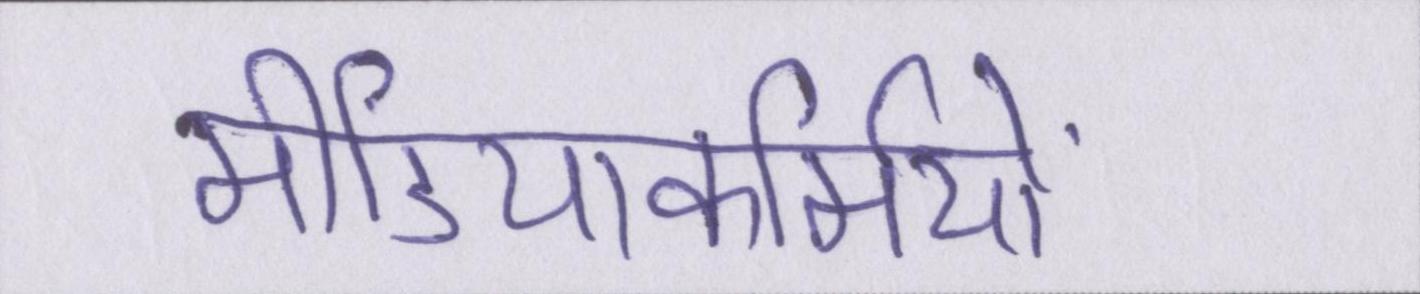
मीडियाकर्मियों